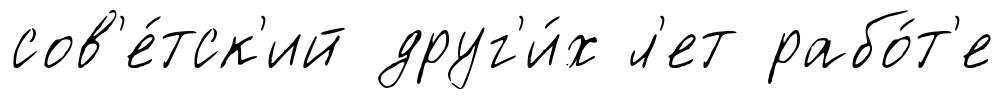
сов'е́тск'ий друг'и́х л'ет рабо́т'е